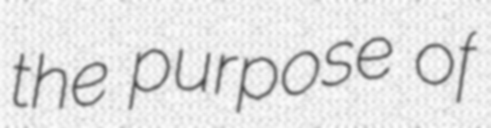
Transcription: the purpose of